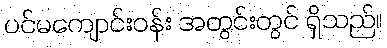
ပင်မကျောင်းဝန်း အတွင်းတွင် ရှိသည်။